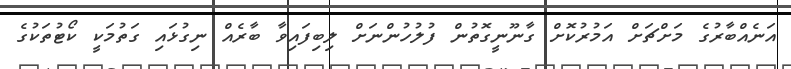
އަނެއްބާރުގެ މަށްޗަށް އަމުރުކޮށް ގާނޫނީގޮތުން ފުލުހުންނަށް ލިބިފައިވާ ބާރެއް ނިގުޅައި ގަތުމަކީ ކޯޓުތަކުގެ